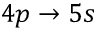
4 p \rightarrow 5 s